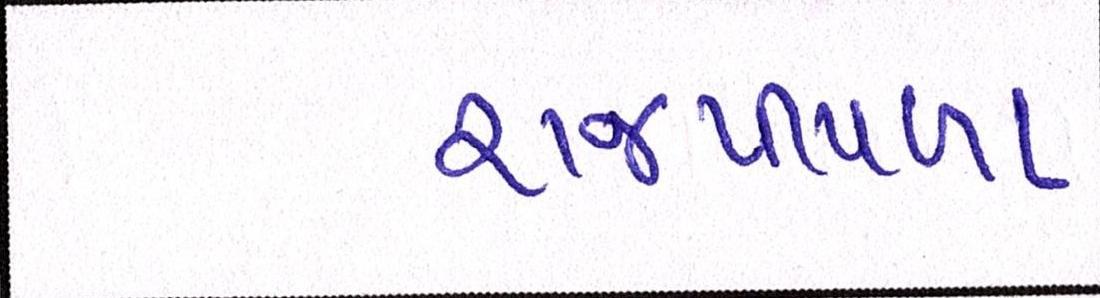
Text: રાજપીપળા